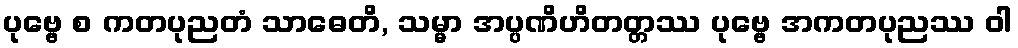
ပုဗ္ဗေ စ ကတပုညတံ သာဓေတိ, သမ္မာ အပ္ပဏိဟိတတ္တဿ ပုဗ္ဗေ အကတပုညဿ ဝါ